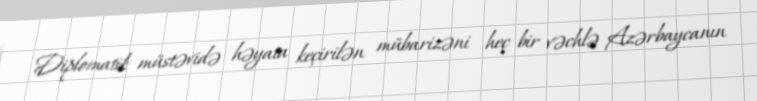
Diplomatik müstəvidə həyata keçirilən mübarizəni heç bir vəchlə Azərbaycanın